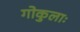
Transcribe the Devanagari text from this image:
गोकुलाः